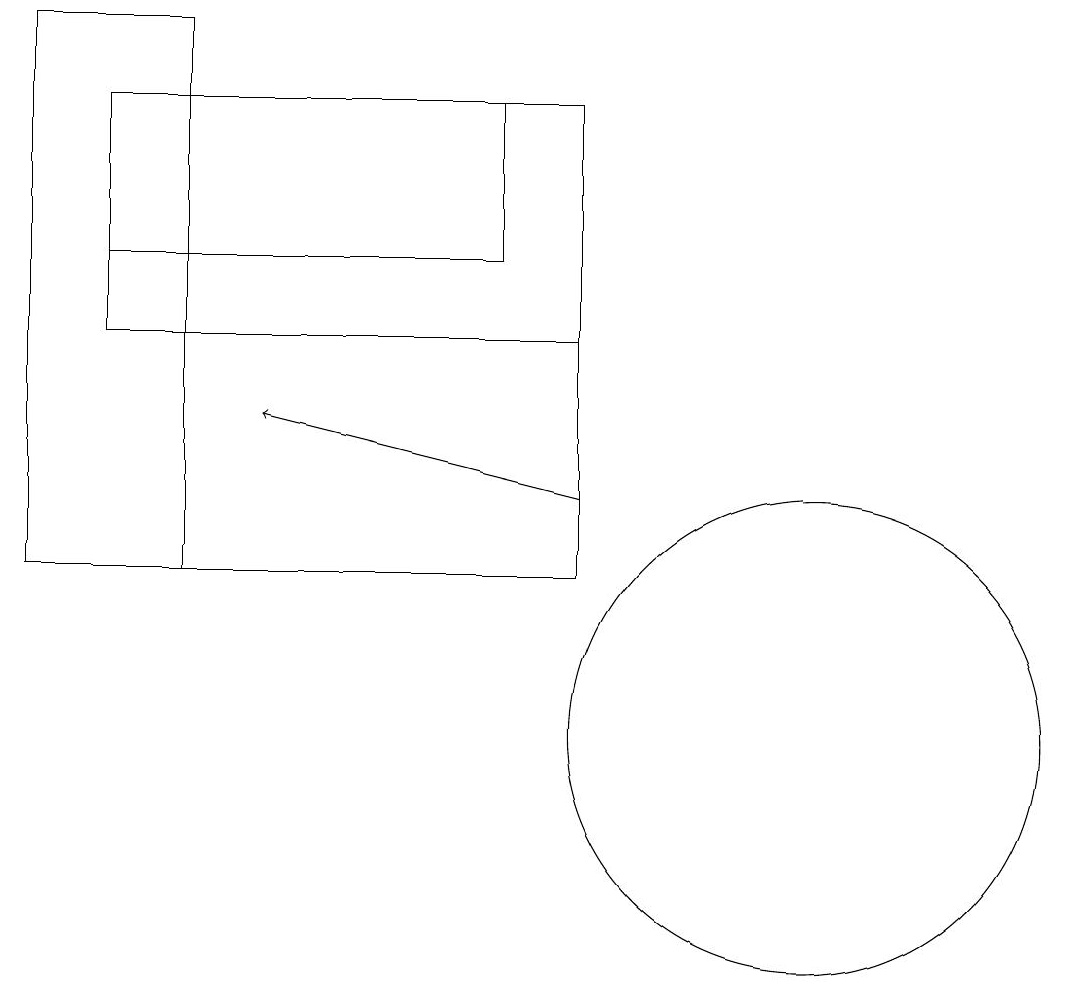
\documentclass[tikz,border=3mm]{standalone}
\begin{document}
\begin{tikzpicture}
\draw (8,12) rectangle (3,18);
\draw (11,10) circle (3);
\draw (1,12) rectangle (3,19);
\draw (7,16) rectangle (2,18);
\draw[->] (8,13) -- (4,14);
\draw (2,18) rectangle (8,15);
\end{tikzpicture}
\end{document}